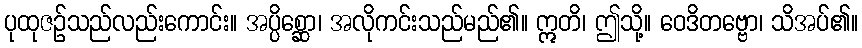
ပုထုဇဉ်သည်လည်းကောင်း။ အပ္ပိစ္ဆော၊ အလိုကင်းသည်မည်၏။ ဣတိ၊ ဤသို့။ ဝေဒိတဗ္ဗော၊ သိအပ်၏။